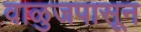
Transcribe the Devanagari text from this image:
वाळुजपासून